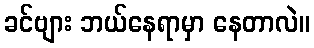
ခင်ဗျား ဘယ်နေရာမှာ နေတာလဲ။